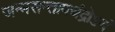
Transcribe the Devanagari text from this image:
जन्मसन्तापचंद्रोऽयं